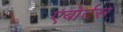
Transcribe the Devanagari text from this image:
एबोर्टस